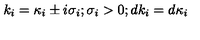
k _ { i } = { \kappa } _ { i } \pm i { \sigma } _ { i } ; { \sigma } _ { i } > 0 ; d k _ { i } = d { \kappa } _ { i }